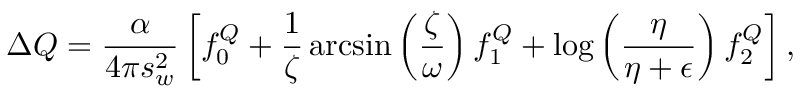
\Delta Q = \frac { \alpha } { 4 \pi s _ { w } ^ { 2 } } \left[ f _ { 0 } ^ { Q } + \frac { 1 } { \zeta } \arcsin \left( \frac { \zeta } { \omega } \right) f _ { 1 } ^ { Q } + \log \left( \frac { \eta } { \eta + \epsilon } \right) f _ { 2 } ^ { Q } \right] ,